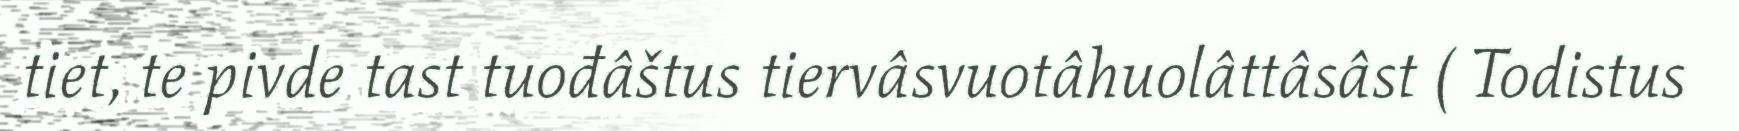
tiet, te pivde tast tuođâštus tiervâsvuotâhuolâttâsâst ( Todistus